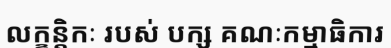
លក្ខន្តិកៈ របស់ បក្ស គណៈកម្មាធិការ